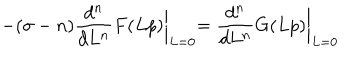
LaTeX: - ( \sigma - n ) \frac { d ^ { n } } { d L ^ { n } } F ( L p ) \biggl \vert _ { L = 0 } = \frac { d ^ { n } } { d L ^ { n } } G ( L p ) \biggl \vert _ { L = 0 }